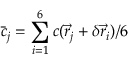
\bar { c } _ { j } = \sum _ { i = 1 } ^ { 6 } c ( \vec { r } _ { j } + \delta \vec { r } _ { i } ) / 6